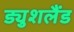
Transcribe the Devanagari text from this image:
ड्युशलैंड